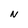
Character: N